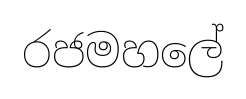
රජමහලේ